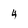
Character: 4